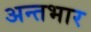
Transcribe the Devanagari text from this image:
अन्तभार